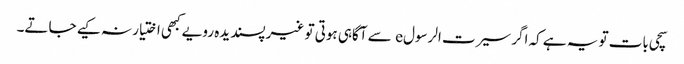
سچی بات تو یہ ہے کہ اگر سیرت الرسولe سے آگاہی ہوتی تو غیر پسندیدہ رویے کبھی اختیار نہ کیے جاتے۔